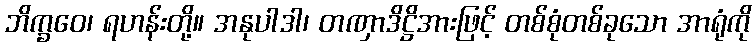
ဘိက္ခဝေ၊ ရဟန်းတို့။ အနုပါဒါ၊ တဏှာဒိဋ္ဌိအားဖြင့် တစ်စုံတစ်ခုသော အာရုံကို